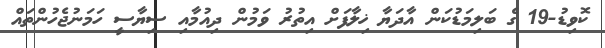
ކޮވިޑު-19 ގެ ބަލިމަޑުކަން އާދަޔާ ޚިލާފަށް އިތުރު ވަމުން ދިއުމާއި ސިޔާސީ ހަމަނުޖެހުންތައް